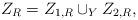
LaTeX: \begin{align*}Z_R = Z_{1,R}\cup_Y Z_{2,R},\end{align*}